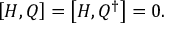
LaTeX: \left[ H , Q \right] = \left[ H , Q ^ { \dagger } \right] = 0 .